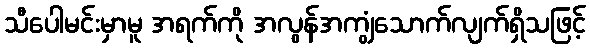
သီပေါမင်းမှာမူ အရက်ကို အလွန်အကျွံသောက်လျက်ရှိသဖြင့်